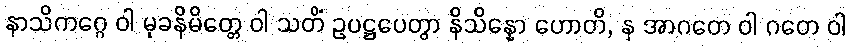
နာသိကဂ္ဂေ ဝါ မုခနိမိတ္တေ ဝါ သတိံ ဥပဋ္ဌပေတွာ နိသိန္နော ဟောတိ, န အာဂတေ ဝါ ဂတေ ဝါ